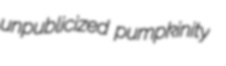
unpublicized pumpkinity